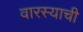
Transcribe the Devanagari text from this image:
वारस्याची